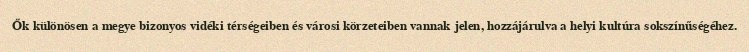
Ők különösen a megye bizonyos vidéki térségeiben és városi körzeteiben vannak jelen, hozzájárulva a helyi kultúra sokszínűségéhez.